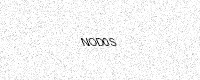
Text: NOD0S